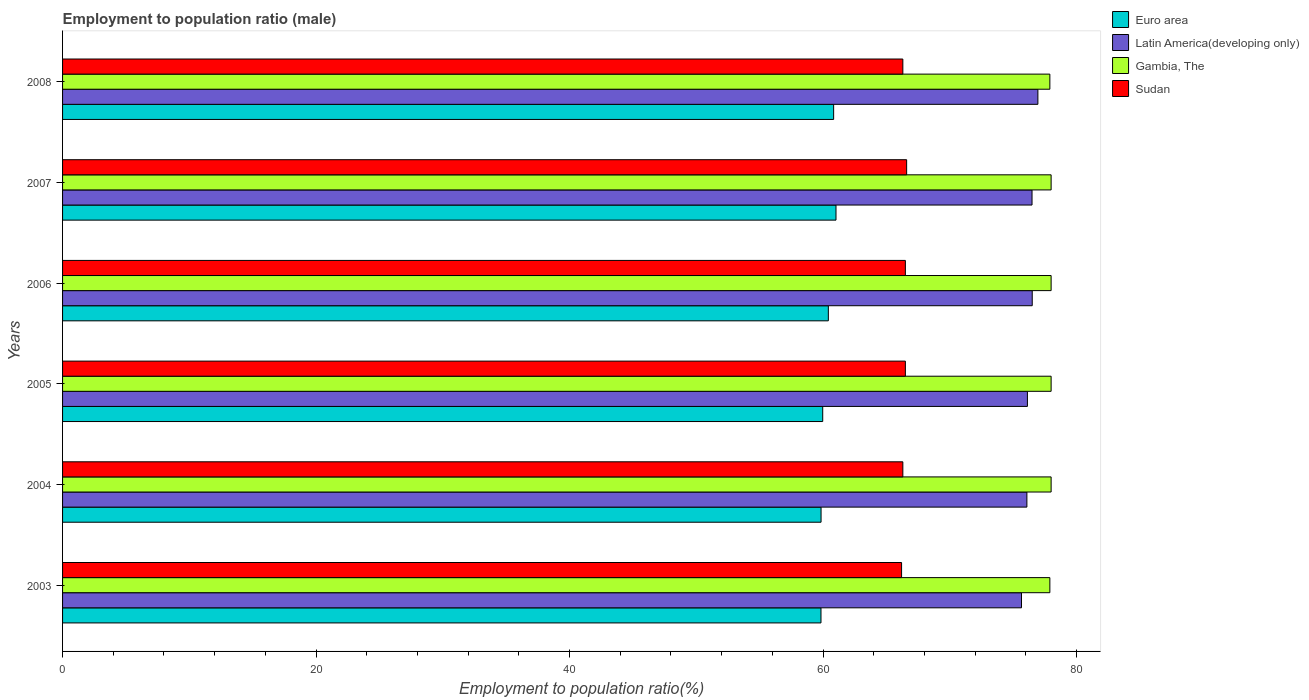
| Years | Euro area | Latin America(developing only) | Gambia, The | Sudan |
 | --- | --- | --- | --- | --- |
 | 2003 | 59.8 | 75.7 | 77.9 | 66.2 |
 | 2004 | 59.8 | 76.1 | 78 | 66.3 |
 | 2005 | 60 | 76.1 | 78 | 66.5 |
 | 2006 | 60.4 | 76.5 | 78 | 66.5 |
 | 2007 | 61 | 76.5 | 78 | 66.6 |
 | 2008 | 60.8 | 77 | 77.9 | 66.3 |